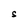
Character: S